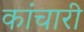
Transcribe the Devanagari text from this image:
कांचारी